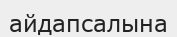
айдапсалына